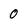
Character: 0